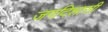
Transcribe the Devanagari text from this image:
जगदिशासी